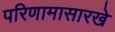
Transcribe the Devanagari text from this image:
परिणामासारखे